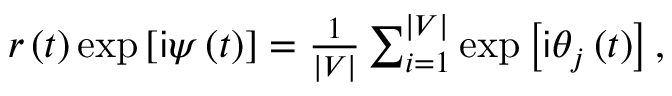
\begin{array} { r } { r \left( t \right) \exp \left[ \mathsf { i } \psi \left( t \right) \right] = \frac { 1 } { \vert V \vert } \sum _ { i = 1 } ^ { \vert V \vert } \exp \left[ \mathsf { i } \theta _ { j } \left( t \right) \right] , } \end{array}